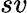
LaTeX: sv